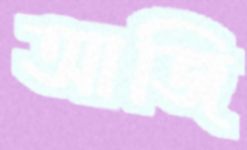
আজি